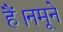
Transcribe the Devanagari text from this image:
हैं।नमूने